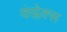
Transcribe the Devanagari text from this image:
कंप्लेक्स